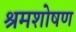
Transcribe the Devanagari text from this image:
श्रमशोषण